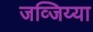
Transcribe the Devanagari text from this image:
जव्जिय्या